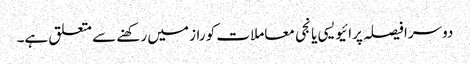
دوسرا فیصلہ پرائیویسی یا نجی معاملات کو راز میں رکھنے سے متعلق ہے۔